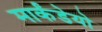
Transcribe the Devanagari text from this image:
मार्कंडेयो